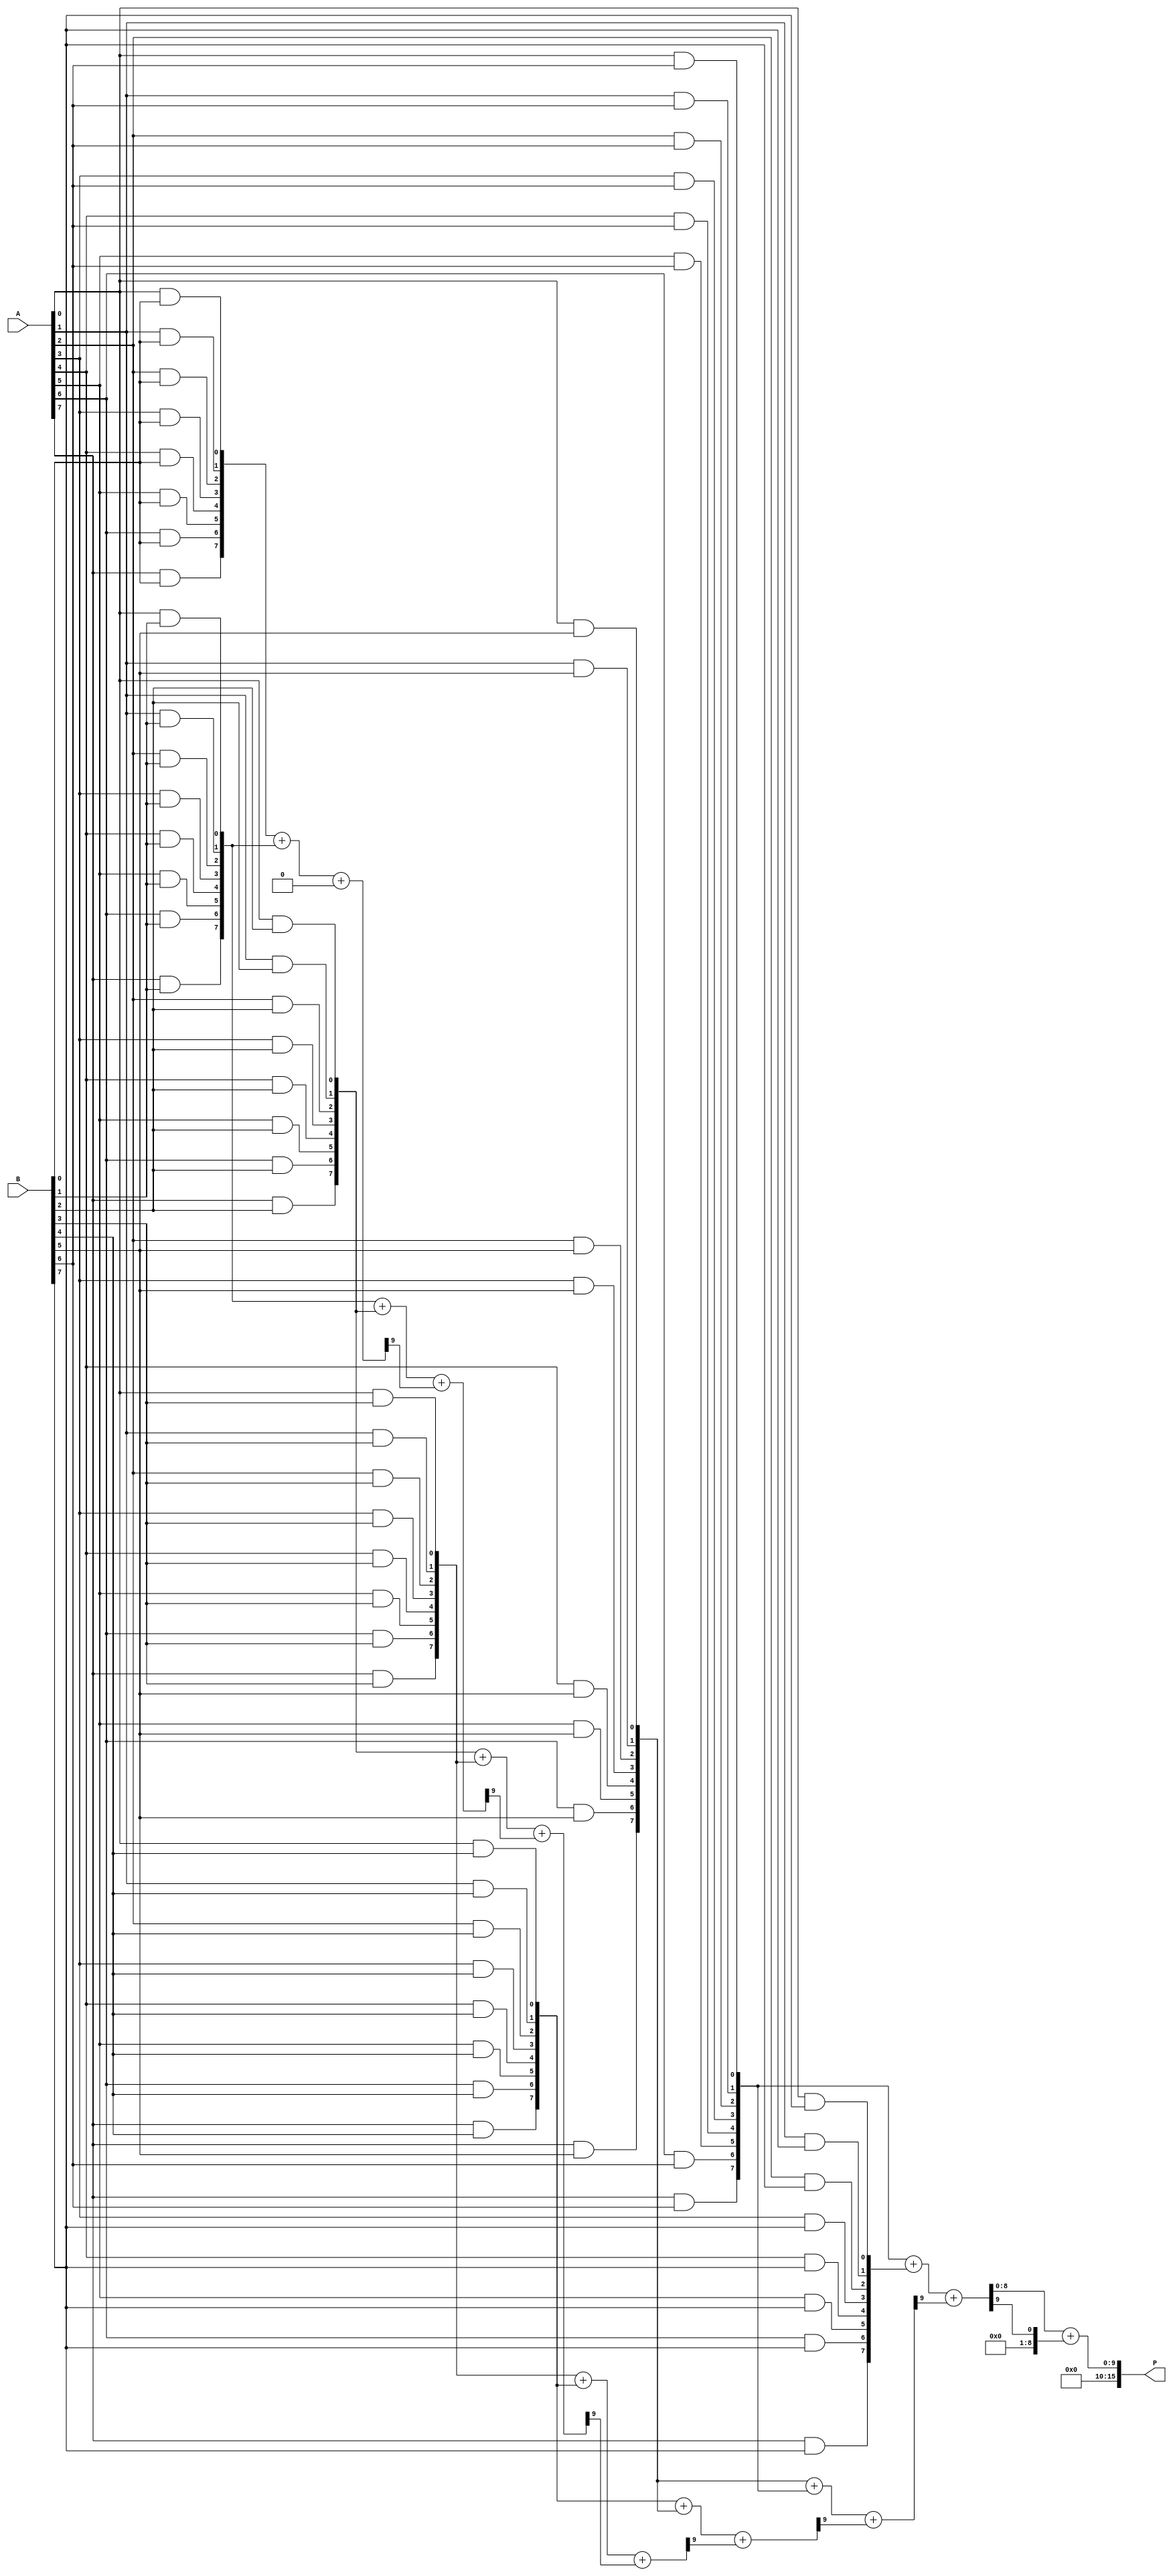
module AdaptiveWallaceTreeMultiplier #(parameter N = 8) (
    input  [N-1:0] A, // First operand
    input  [N-1:0] B, // Second operand
    output reg [(2*N)-1:0] P // Product output
);

// Intermediate signals for partial products and CSA outputs
wire [N-1:0] pp [0:N-1]; // Partial products
wire [N:0] sum [0:N-1]; // Sum outputs from CSA
wire [N:0] carry [0:N-2]; // Carry outputs from CSA

// Partial Product Generation
genvar i, j;
generate
    for (i = 0; i < N; i = i + 1) begin : pp_gen
        for (j = 0; j < N; j = j + 1) begin : pp_bit
            assign pp[i][j] = A[j] & B[i]; // AND operation for partial product
        end
    end
endgenerate

// Wallace Tree Reduction using Carry-Save Adders (CSA)
genvar k;
generate
    for (k = 0; k < N; k = k + 1) begin : CSA
        if (k < N - 1) begin
            // Reduce three inputs (two partial products and carry)
            assign {carry[k], sum[k]} = pp[k] + pp[k + 1] + (k > 0 ? carry[k - 1] : 0);
        end
    end
endgenerate

// Final Addition
wire [2*N-1:0] final_sum;
wire [2*N-1:0] final_carry;

assign final_sum = sum[N-2] + carry[N-2];

// Assign product output
always @(*) begin
    P = final_sum; // Assign the final calculated product
end

endmodule